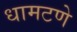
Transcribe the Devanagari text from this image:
धामटणे